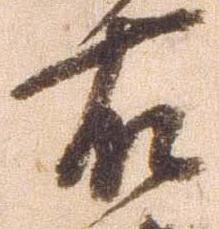
右